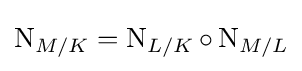
\operatorname {N} _{M/K}=\operatorname {N} _{L/K}\circ \operatorname {N} _{M/L}